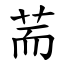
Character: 荋